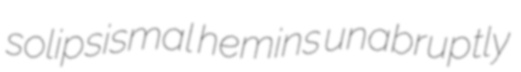
solipsismal hemins unabruptly